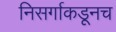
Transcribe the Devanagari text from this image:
निसर्गाकडूनच